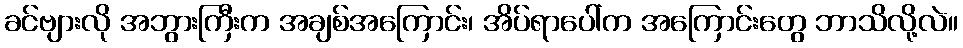
ခင်ဗျားလို အဘွားကြီးက အချစ်အကြောင်း၊ အိပ်ရာပေါ်က အကြောင်းတွေ ဘာသိလို့လဲ။